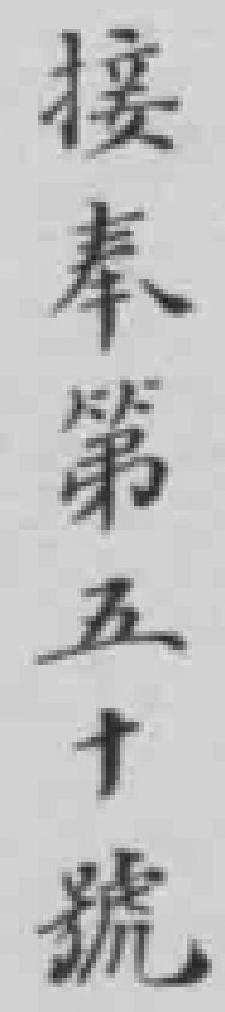
接奉第五十號